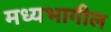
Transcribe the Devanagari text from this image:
मध्यभागील